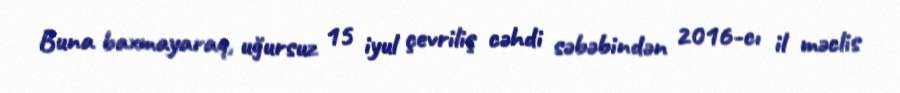
Buna baxmayaraq, uğursuz 15 iyul çevriliş cəhdi səbəbindən 2016-cı il məclis